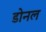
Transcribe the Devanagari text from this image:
डोनल